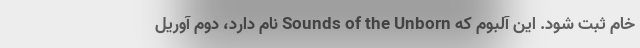
خام ثبت شود. این آلبوم که Sounds of the Unborn نام دارد، دوم آوریل